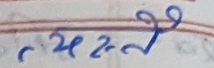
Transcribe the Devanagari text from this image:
८२२७७९